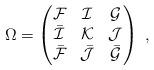
LaTeX: \begin{align*}\Omega = \begin{pmatrix} \mathcal{F} & \mathcal{I} & \mathcal{G} \\ \bar{\mathcal{I}} & \mathcal{K} & \mathcal{J} \\ \bar{\mathcal{F}} & \bar{\mathcal{J}} & \bar{\mathcal{G}} \end{pmatrix} \; ,\end{align*}